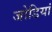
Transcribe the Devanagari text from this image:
जोडियां